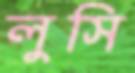
লুসি